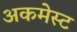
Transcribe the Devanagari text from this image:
अकमेस्ट